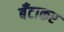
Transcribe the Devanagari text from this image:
बँटाकर